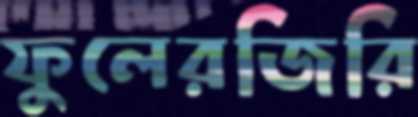
ফুলেরজিরি